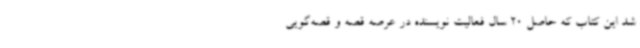
شد این کتاب که حاصل 20 سال فعالیت نویسنده در عرصه قصه و قصه‌گویی